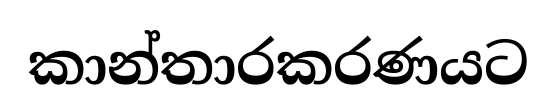
කාන්තාරකරණයට